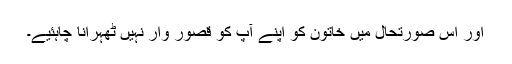
اور اس صورتحال میں خاتون کو اپنے آپ کو قصور وار نہیں ٹھہرانا چاہئیے۔